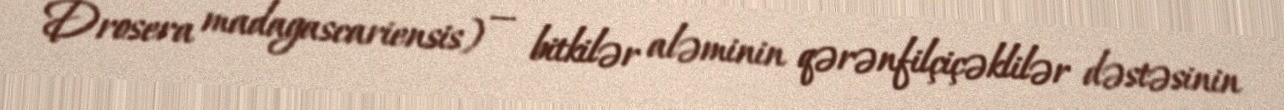
Drosera madagascariensis) — bitkilər aləminin qərənfilçiçəklilər dəstəsinin